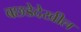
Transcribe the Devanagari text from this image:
बछडेदेखील